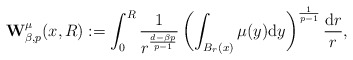
\begin{align*}{\bf W}^\mu_{\beta,p}(x,R):=\int_0^R\frac{1}{r^\frac{d-\beta p}{p-1}}\left(\int_{B_r(x)}\mu(y){\rm d}y\right)^\frac{1}{p-1}\frac{{\rm d}r}{r},\end{align*}